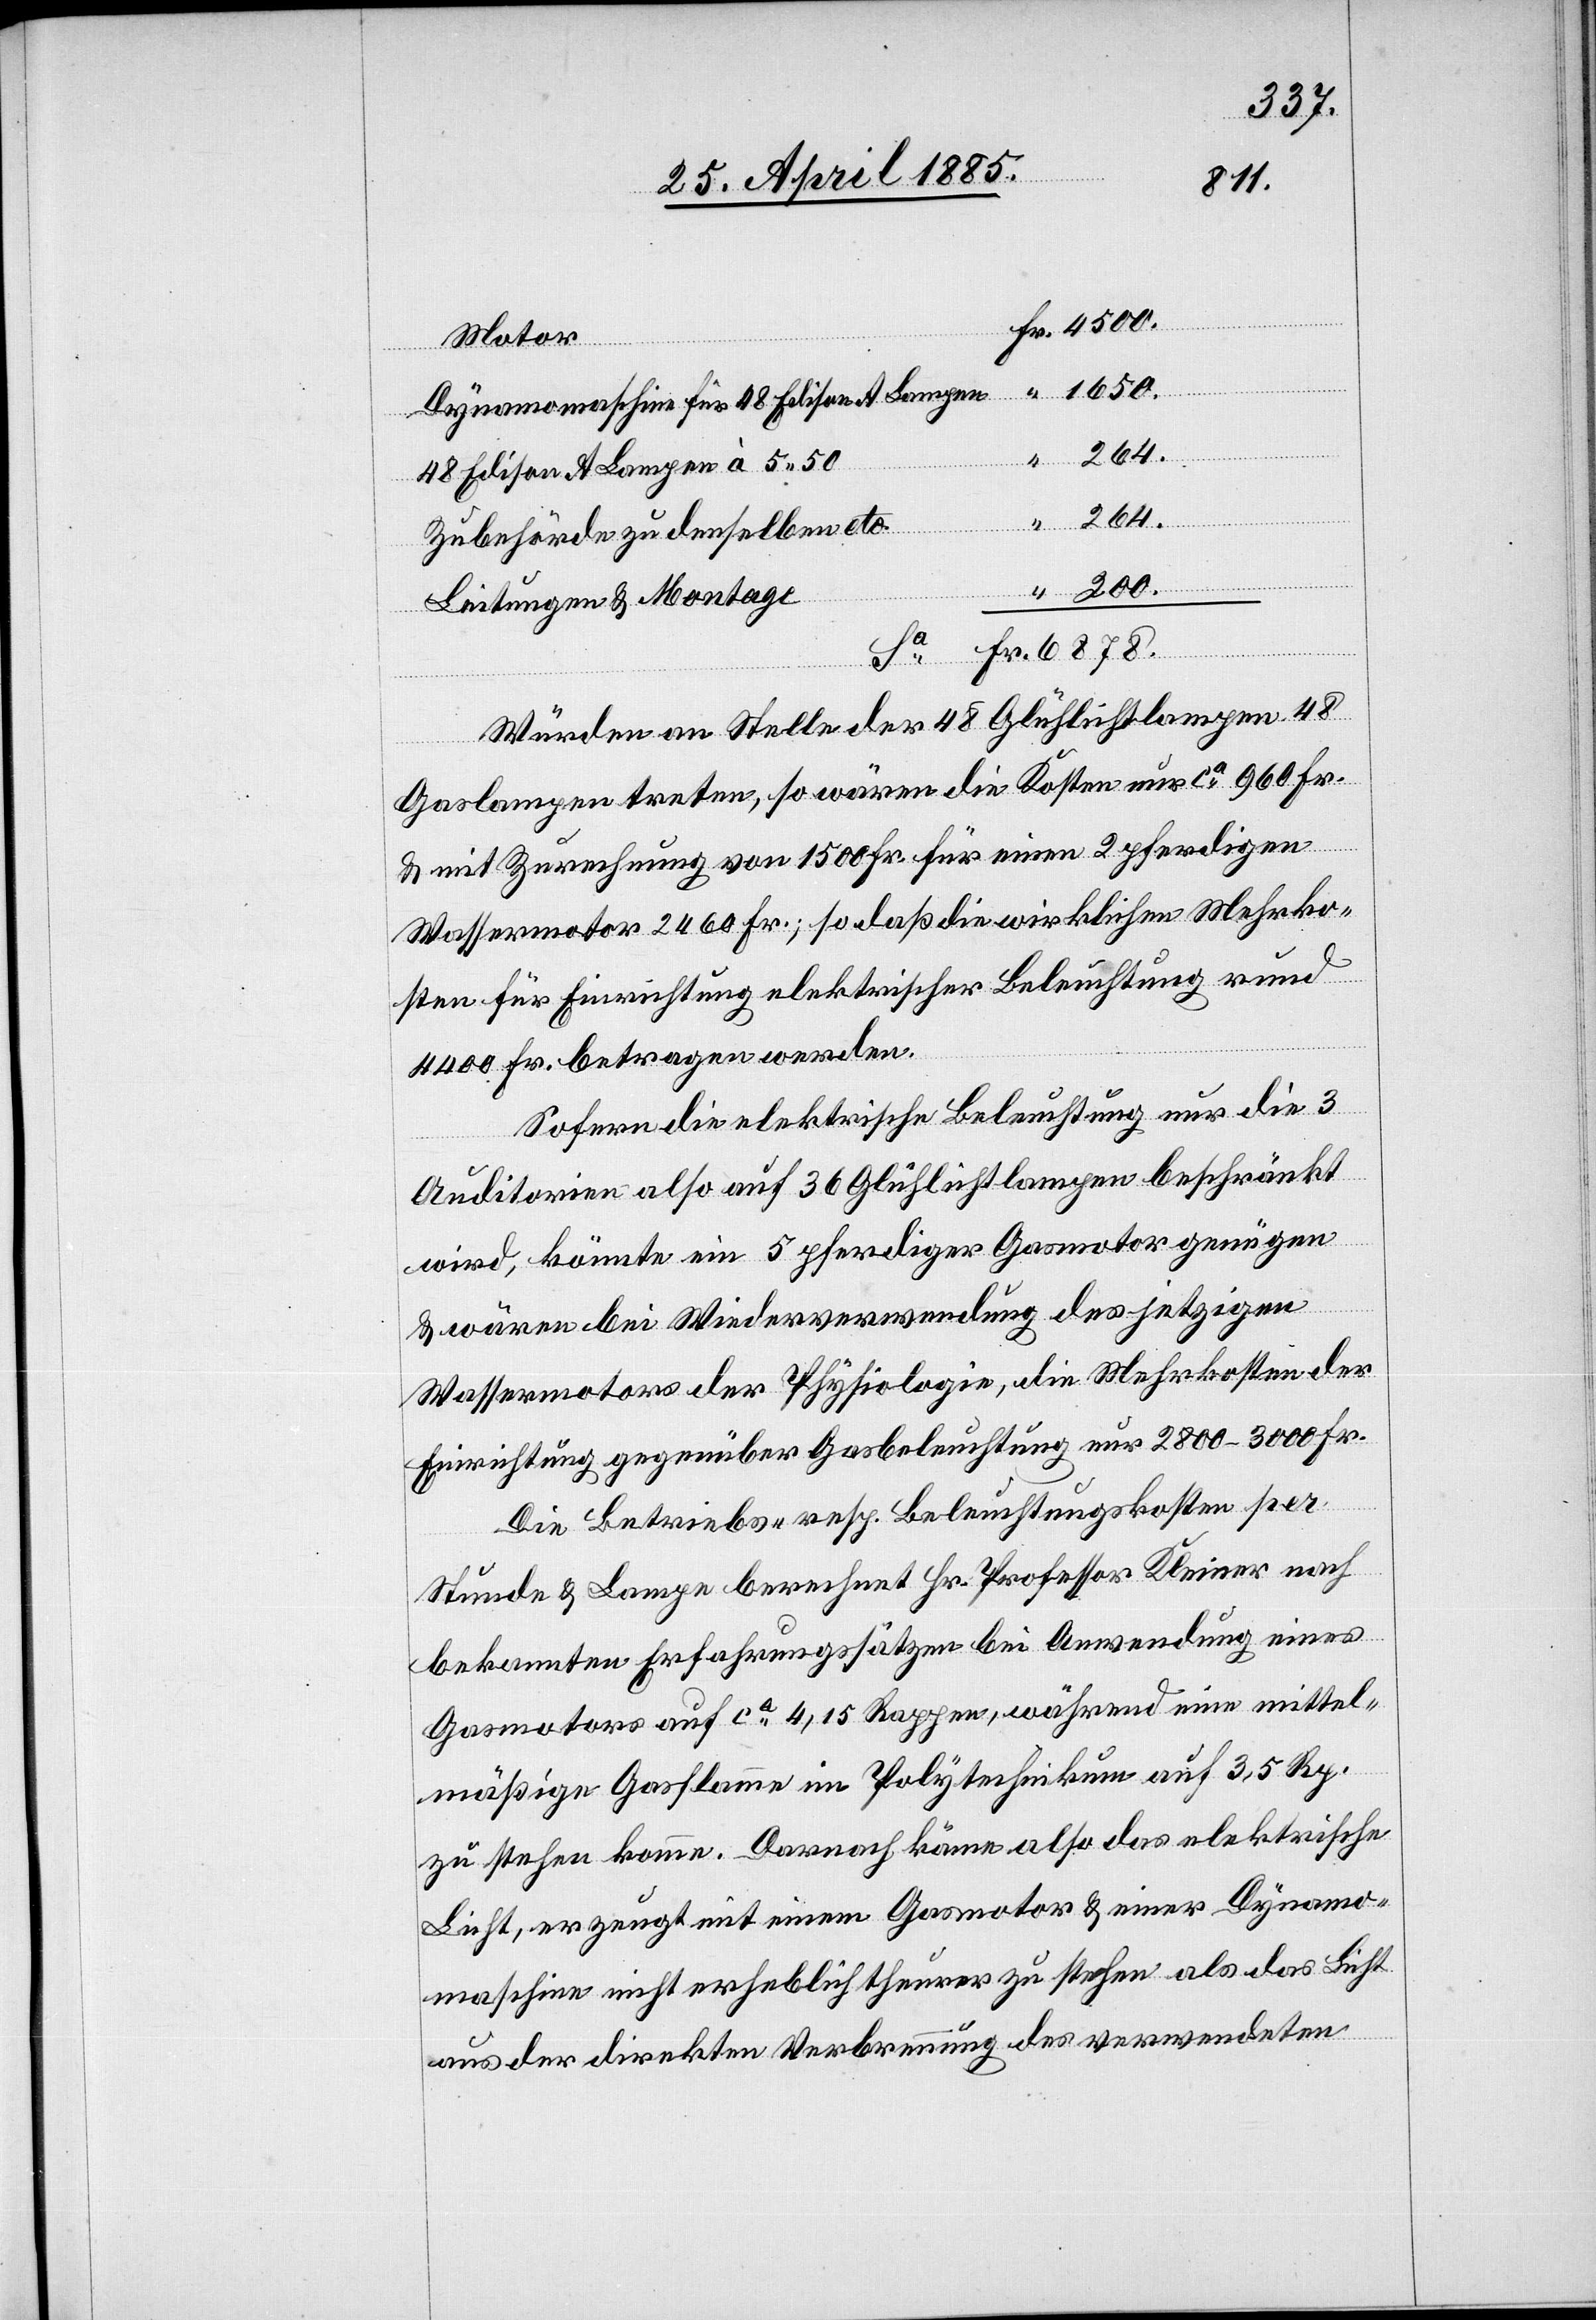
6878.
Motor
Dynamomaschine für 48 Edison A Lampen
48 Edison A Lampen à 5 50
Zubehörde zu denselben etc.
Leitungen & Montage
“
Würden an Stelle der 48 Glühlichtlampen 48
Fr.
Gaslampen treten, so wären die Kosten nur ca 960 Fr.
& mit Zurechnung von 1500 Fr. für einen 2 pferdigen
Wassermotor 2460 Fr.; so daß die wirklichen Mehrko¬
sten für Einrichtung elektrischer Beleuchtung rund
4400 Fr. betragen werden.
Sofern die elektrische Beleuchtung nur die 3
Auditorien also auf 36 Glühlichtlampen beschränkt
wird, könnte ein 5 pferdiger Gasmotor genügen
& wären bei Wiederverwendung des jetzigen
Wassermotors der Physiologie, die Mehrkosten der
Einrichtung gegenüber Gasbeleuchtung nur 2800–3000 Fr.
Die Betriebs- resp. Beleuchtungskosten per
Stunde & Lampe berechnet Hr. Professor Kleiner nach
bekannten Erfahrungssätzen bei Anwendung eines
Gasmotors auf ca 4,15 Rappen, während eine mittel¬
mäßige Gasflamme im Polytechnikum auf 3,5 Rp.
zu stehen komme. Dennoch käme also das elektronische
Licht, erzeugt mit einem Gasmotor & einer Dynamo¬
maschine nicht erheblich theurer zu stehen als das Licht
aus der direkten Verbrennung des verwendeten